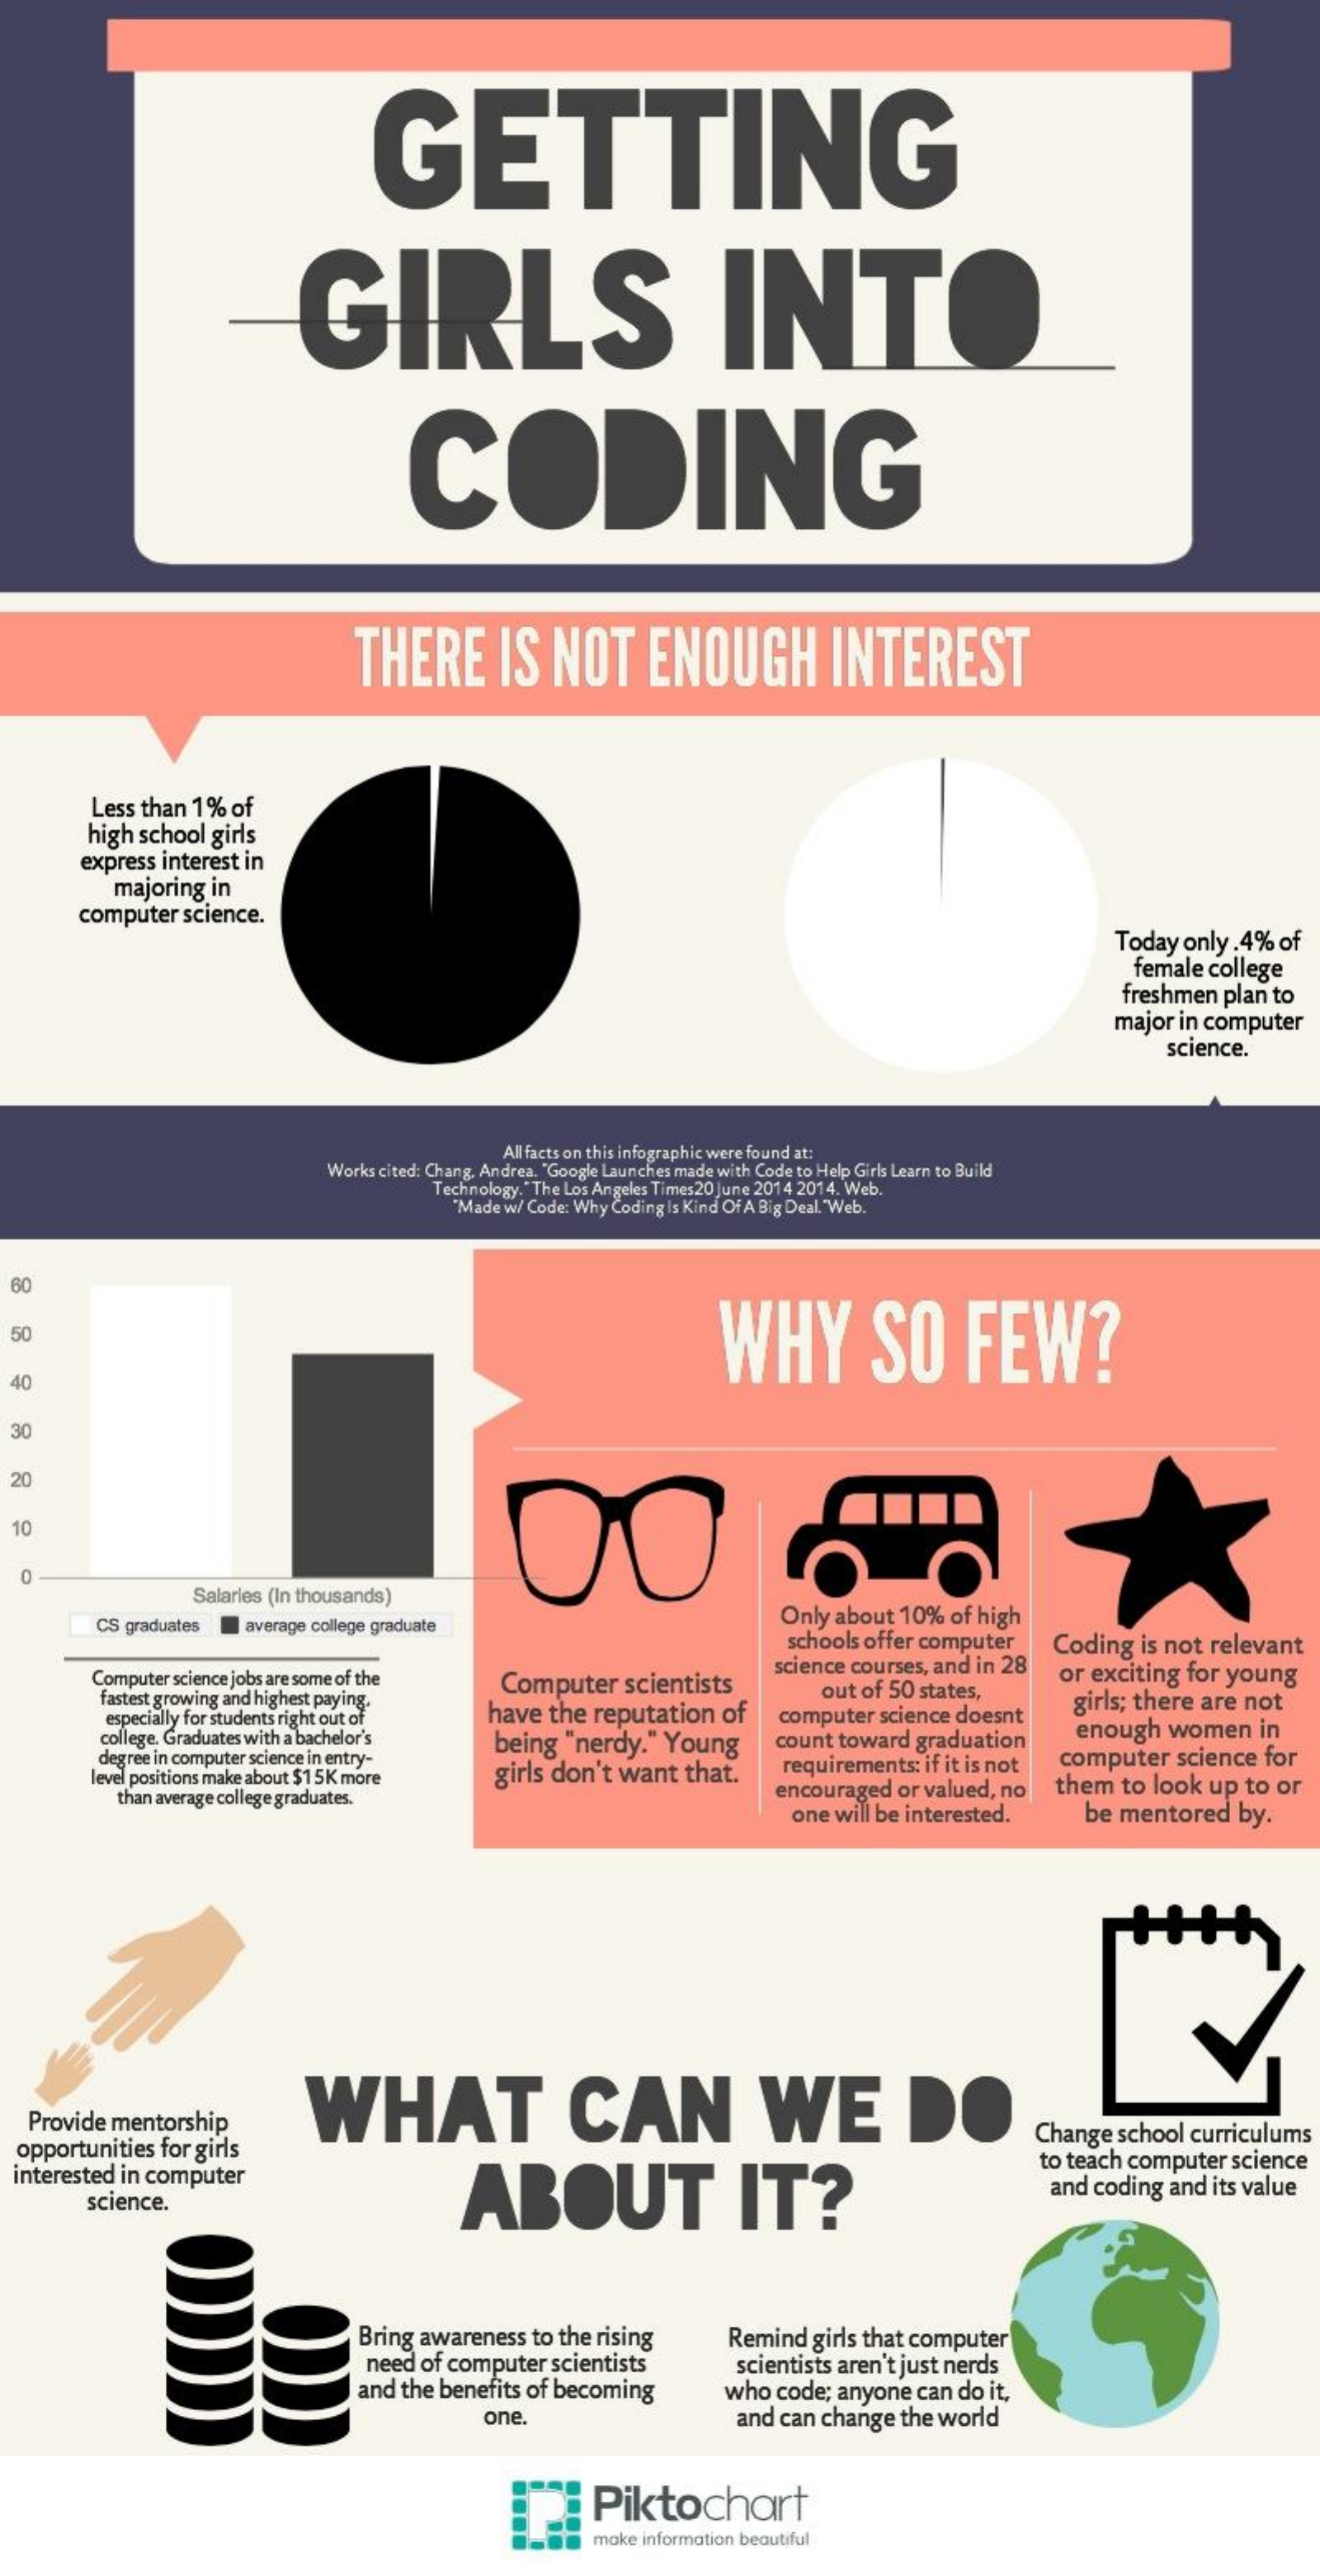
GETTING
     GIRLS    INTO
     CODING
     THERE    IS  NOT    ENOUGH    INTEREST
     Less than 1% of
     high school girls
     express interest in
     majoring in
     computer science.
     Today only .4% of
     female college
     freshmen plan to
     major in computer
     science.
     All facts on this infographic were found at:
     Works cited: Chang, Andrea. "Google Launches made with Code to Help Girls Learn to Build
     Technology."The Los Angeles Times20 June 2014 2014. Web.
     "Made w/ Code: Why Coding is Kind Of A Big Deal. "Web.
  60
     WHY    SO    FEW? 50
  40
  30
  20
  10
     Salaries (In thousands)
     CS graduates average college graduate    Only about 10% of high
     schools offer computer
     Computer science jobs are some of the Computer scientists
     science courses, and in 28
     Coding is not relevant
     or exciting for young
     fastest growing and highest paying.    out of 50 states,
     especially for students right out of have the reputation of
     college. Graduates with a bachelor's
     degree in computer science in entry-
     being "nerdy." Young
     computer science doesnt
     girls; there are not
     count toward graduation enough women in
     level positions make about $15K more girls don't want that. requirements: if it is not computer science for
     than average college graduates.    encouraged or valued, no them to look up to or
     one will be interested. be mentored by.
     WHAT    CAN    WE    DO Provide mentorship
  opportunities for girls
     Change school curriculums
  interested in computer
     ABOUT    IT?
     to teach computer science
     science.
     and coding and its value
     Bring awareness to the rising Remind girls that computer
     need of computer scientists
     and the benefits of becoming
     scientists aren't just nerds
     who code; anyone can do it,
     one.    and can change the world
     Piktochart
     make information beautiful